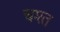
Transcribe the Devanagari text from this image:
चश्त